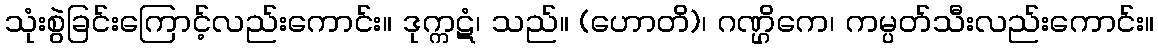
သုံးစွဲခြင်းကြောင့်လည်းကောင်း။ ဒုက္ကဋံ၊ သည်။ (ဟောတိ)၊ ဂဏ္ဌိကေ၊ ကမ္ပတ်သီးလည်းကောင်း။